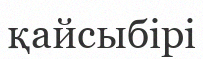
қайсыбірі